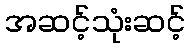
အဆင့်သုံးဆင့်